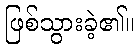
ဖြစ်သွားခဲ့၏။